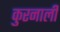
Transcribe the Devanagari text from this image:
कुरनाली